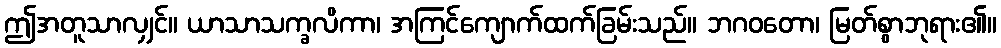
ဤအတူသာလျှင်။ ယာသာသက္ခလိကာ၊ အကြင်ကျောက်ထက်ခြမ်းသည်။ ဘဂဝတော၊ မြတ်စွာဘုရား၏။